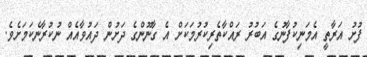
ފުށު އަރާތީ އެމަނިކުފާނުގެ އަބުރު ރައްކާތެރިކުރުމަކަށް އެ ގާނޫންގެ ދަށުން ދައުވާއެއް ނުކުރާނެކަމަށެވެ.